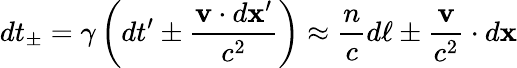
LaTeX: dt_{\pm}=\gamma\left(dt^{\prime}\pm{\frac{\mathbf{v}\cdot d\mathbf{x}^{\prime}}{c^{2}}}\right)\approx{\frac{n}{c}}d\ell\pm{\frac{\mathbf{v}}{c^{2}}}\cdot d\mathbf{x}